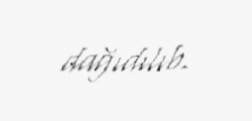
dağıdılıb.